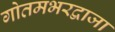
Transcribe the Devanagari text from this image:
गोतमभरद्वाजा